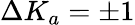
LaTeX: \Delta K_{a}=\pm 1